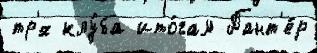
тр'́х клу́ба ито́гам Пант'е́р